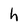
Character: h